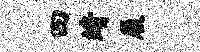
四靖履